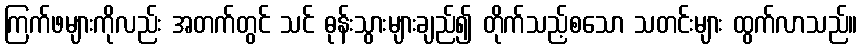
ကြက်ဖများကိုလည်း အတက်တွင် သင် ဓုန်းသွားများချည်၍ တိုက်သည့်စသော သတင်းများ ထွက်လာသည်။